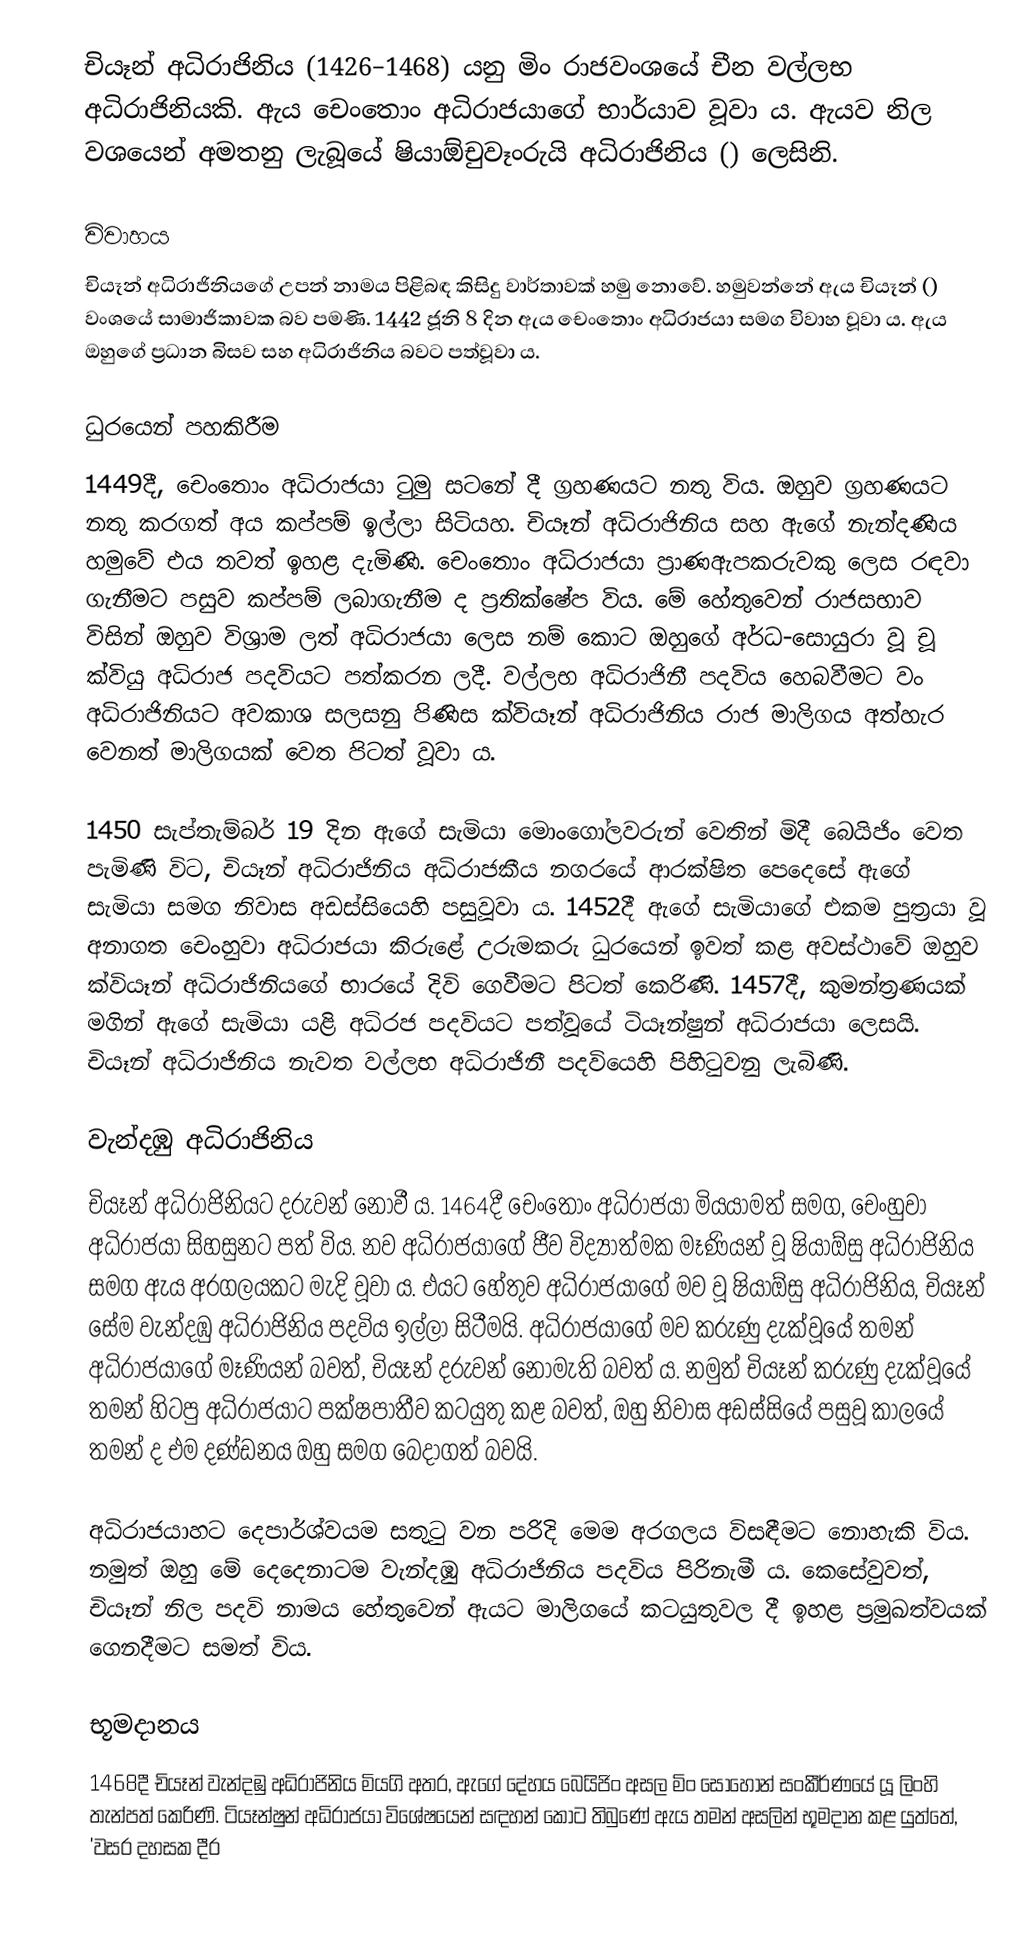
චියෑන් අධිරාජිනිය (1426–1468) යනු මිං රාජවංශයේ චීන වල්ලභ අධිරාජිනියකි. ඇය චෙංතොං අධිරාජයාගේ භාර්යාව වූවා ය. ඇයව නිල වශයෙන් අමතනු ලැබූයේ ෂියාඕචුවෑංරුයි අධිරාජිනිය () ලෙසිනි.

විවාහය
චියෑන් අධිරාජිනියගේ උපන් නාමය පිළිබඳ කිසිදු වාර්තාවක් හමු නොවේ. හමුවන්නේ ඇය චියෑන් () වංශයේ සාමාජිකාවක බව පමණි. 1442 ජූනි 8 දින ඇය චෙංතොං අධිරාජයා සමග විවාහ වූවා ය. ඇය ඔහුගේ ප්‍රධාන බිසව සහ අධිරාජිනිය බවට පත්වූවා ය.

ධුරයෙන් පහකිරීම
1449දී, චෙංතොං අධිරාජයා ටුමු සටනේ දී ග්‍රහණයට නතු විය. ඔහුව ග්‍රහණයට නතු කරගත් අය කප්පම් ඉල්ලා සිටියහ. චියෑන් අධිරාජිනිය සහ ඇගේ නැන්දණිය හමුවේ එය තවත් ඉහළ දැමිණි. චෙංතොං අධිරාජයා ප්‍රාණඇපකරුවකු ලෙස රඳවා ගැනීමට පසුව කප්පම් ලබාගැනීම ද ප්‍රතික්ෂේප විය. මේ හේතුවෙන් රාජසභාව විසින් ඔහුව විශ්‍රාම ලත් අධිරාජයා ලෙස නම් කොට ඔහුගේ අර්ධ-සොයුරා වූ චූ ක්වියු අධිරාජ පදවියට පත්කරන ලදී. වල්ලභ අධිරාජිනී පදවිය හෙබවීමට වං අධිරාජිනියට අවකාශ සලසනු පිණිස ක්වියෑන් අධිරාජිනිය රාජ මාලිගය අත්හැර වෙනත් මාලිගයක් වෙත පිටත් වූවා ය.

1450 සැප්තැම්බර් 19 දින ඇගේ සැමියා‍ මොංගෝලවරුන් වෙතින් මිදී බෙයිජිං වෙත පැමිණි විට, චියෑන් අධිරාජිනිය අධිරාජකීය නගරයේ ආරක්ෂිත පෙදෙසේ ඇගේ සැමියා සමග නිවාස අඩස්සියෙහි පසුවූවා ය. 1452දී ඇගේ සැමියාගේ එකම පුත්‍රයා වූ අනාගත චෙංහුවා අධිරාජයා කිරුළේ උරුමකරු ධුරයෙන් ඉවත් කළ අවස්ථාවේ ඔහුව ක්වියෑන් අධිරාජිනිය‍ගේ භාරයේ දිවි ගෙවීමට පිටත් කෙරිණි. 1457දී, කුමන්ත්‍රණයක් මගින් ඇගේ සැමියා යළි අධිරජ පදවියට පත්වූයේ ටියෑන්ෂුන් අධිරාජයා ලෙසයි. චියෑන් අධිරාජිනිය නැවත වල්ලභ අධිරාජිනී පදවියෙහි පිහිටුවනු ලැබිණි.

වැන්දඹු අධිරාජිනිය
චියෑන් අධිරාජිනියට දරුවන් නොවී ය. 1464දී චෙංතොං අධිරාජයා මියයාමත් සමග, චෙංහුවා අධිරාජයා සිහසුනට පත් විය. නව අධිරාජයාගේ ජීව විද්‍යාත්මක මෑණියන් වූ ෂියාඕසු අධිරාජිනිය සමග ඇය අරගලයකට මැදි වූවා ය. එයට හේතුව අධිරාජයාගේ මව වූ ෂියාඕසු අධිරාජිනිය, චියෑන් සේම වැන්දඹු අධිරාජිනිය පදවිය ඉල්ලා සිටීමයි. අධිරාජයාගේ මව කරුණු දැක්වූයේ තමන් අධිරාජයාගේ මෑණියන් බවත්, චියෑන් දරුවන් නොමැති බවත් ය. නමුත් චියෑන් කරුණු දැක්වූයේ තමන් හිටපු අධිරාජයාට පක්ෂපාතීව කටයුතු කළ බවත්, ඔහු නිවාස අඩස්සියේ පසුවූ කාලයේ තමන් ද එම දණ්ඩනය ඔහු සමග බෙදාගත් බවයි.

අධිරාජයාහට දෙපාර්ශ්වයම සතුටු වන පරිදි මෙම අරගලය විසඳීමට නොහැකි විය. නමුත් ඔහු මේ දෙදෙනාටම වැන්දඹු අධිරාජිනිය පදවිය පිරිනැමී ය. කෙසේවුවත්, චියෑන් නිල පදවි නාමය හේතුවෙන් ඇයට මාලිගයේ කටයුතුවල දී ඉහළ ප්‍රමුඛත්වයක් ගෙනදීමට සමත් විය.

භූමදානය
1468දී චියෑන් වැන්දඹු අධිරාජිනිය මියගි අතර, ඇගේ දේහය බෙයිජිං අසල මිං සොහොන් සංකීර්ණයේ යූ ලිංහි තැන්පත් කෙරිණි. ටියෑන්ෂුන් අධිරාජයා විශේෂයෙන් සඳහන් කොට තිබුණේ ඇය තමන් අසලින් භූමදාන කළ යුත්තේ, 'වසර දහසක දීර